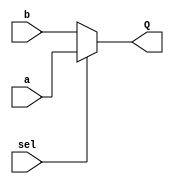
module mux1_2(Q, sel, a, b);

	input sel;
	input[4:0] a, b;
	output [4:0] Q;
	/*
	always@(sel,a,b)begin
	if (sel) // sel 1 = a
		Q = a;
	else
		Q = b;
	end
	*/
	
	assign Q = sel ? a : b;

endmodule